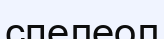
спелеол